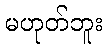
မဟုတ်ဘူး